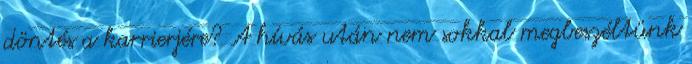
döntés a karrierjére? A hívás után nem sokkal megbeszéltünk